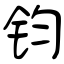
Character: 钧